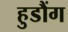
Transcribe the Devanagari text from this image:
हुडौंग